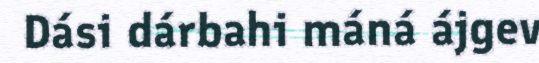
Dási dárbahi máná ájgev